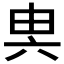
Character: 𠔔